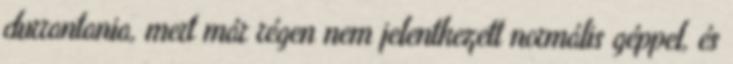
durrantania, mert már régen nem jelentkezett normális géppel, és